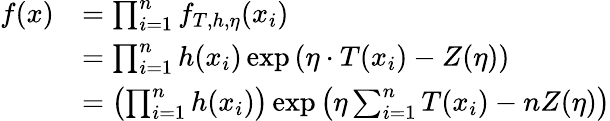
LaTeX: \begin{array}{rl}{f(x)}&{=\prod_{i=1}^{n}f_{T,h,\eta}(x_{i})}\\ &{=\prod_{i=1}^{n}{h(x_{i})\exp\left(\eta\cdot T(x_{i})-Z(\eta)\right)}}\\ &{=\left(\prod_{i=1}^{n}{h(x_{i})}\right)\exp\left(\eta\sum_{i=1}^{n}{T(x_{i})}-nZ(\eta)\right)}\end{array}